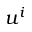
u ^ { i }